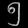
Digit: ၅